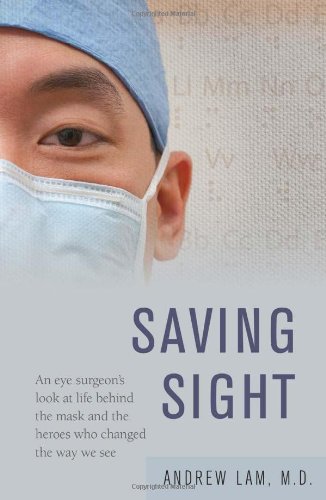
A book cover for Saving Sight: An Eye Surgeon's Look at Life Behind the Mask and the Heroes Who Changed the Way We See; Andrew Lam; Health, Fitness & Dieting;